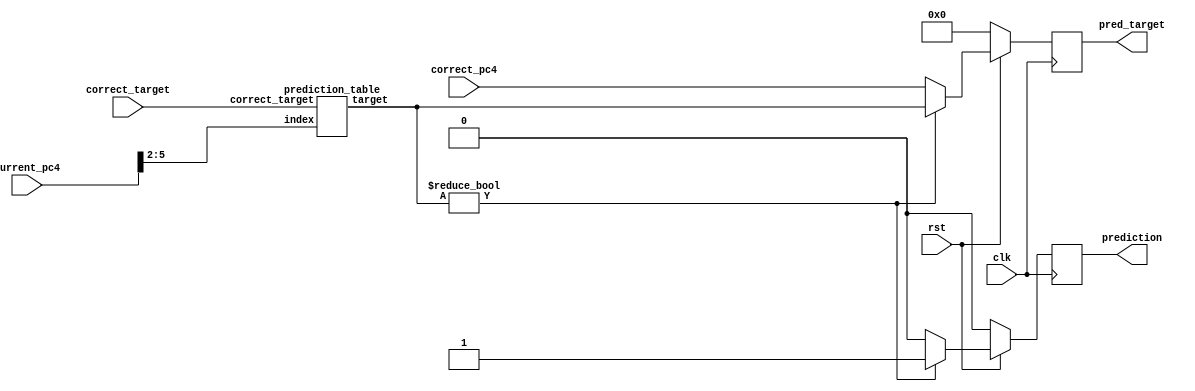
// Chronos Branch Predictor

module branch_predictor(
    // outputs
    pred_target, prediction,
    // inputs
    correct_target, correct_pc4, current_pc4,
    clk, rst);

    output reg [31:0] pred_target;
    output reg prediction;
    input [31:0] correct_target, correct_pc4, current_pc4;
    input clk, rst;

    wire [3:0] index = current_pc4[5:2];
    wire [31:0] target;

    // Check if current pc+4 is in the branch target buffer
    prediction_table PredictionTable(target, index, correct_target);

    always @(posedge clk) begin
        if (rst == 0) begin
            prediction <= 0;
            pred_target <= 32'b0;
        end
        else begin
            // If the target was in the table, predict taken
            if (target) begin
                prediction <= 1;
                pred_target <= target;
            end
            // Predict not taken otherwise
            else begin
                prediction <= 0;
                pred_target <= correct_pc4;
            end
        end
    end

endmodule

module prediction_table(target, index, correct_target);

    output reg [31:0] target;
    input [3:0] index;
    input [31:0] correct_target;
    reg [31:0] branch_target_buffer[15:0];

    always @(*) begin
        if (branch_target_buffer[index]) begin
            target <= branch_target_buffer[index];
        end
        else begin
            target <= 32'b0;
            branch_target_buffer[index] = correct_target;
        end
    end

endmodule